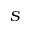
S